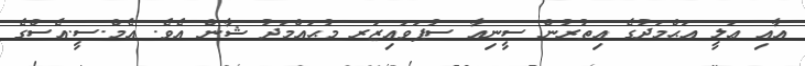
އާއި ޢަލީ އަޙްމަދުގެ އިތުރުން ސީނިއާ ސުޕަވައިޒަރ މުޙައްމަދު ޝާން އެވެ. އެމް.ސީ.އެސްގެ